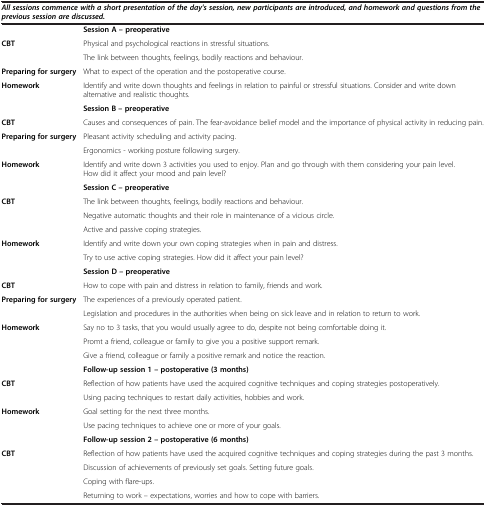
<table><thead><tr><td colspan="2"><b><i>All sessions commence with a short presentation of the day&#x27;s session, new participants are introduced, and homework and questions from the previous session are discussed.</i></b></td></tr></thead><tbody><tr><td> </td><td><b>Session A – preoperative</b></td></tr><tr><td rowspan="2"><b>CBT</b></td><td>Physical and psychological reactions in stressful situations.</td></tr><tr><td>The link between thoughts, feelings, bodily reactions and behaviour.</td></tr><tr><td><b>Preparing for surgery</b></td><td>What to expect of the operation and the postoperative course.</td></tr><tr><td><b>Homework</b></td><td>Identify and write down thoughts and feelings in relation to painful or stressful situations. Consider and write down alternative and realistic thoughts.</td></tr><tr><td> </td><td><b>Session B – preoperative</b></td></tr><tr><td><b>CBT</b></td><td>Causes and consequences of pain. The fear-avoidance belief model and the importance of physical activity in reducing pain.</td></tr><tr><td><b>Preparing for surgery</b></td><td>Pleasant activity scheduling and activity pacing.</td></tr><tr><td> </td><td>Ergonomics - working posture following surgery.</td></tr><tr><td><b>Homework</b></td><td>Identify and write down 3 activities you used to enjoy. Plan and go through with them considering your pain level. How did it affect your mood and pain level?</td></tr><tr><td> </td><td><b>Session C – preoperative</b></td></tr><tr><td rowspan="2"><b>CBT</b></td><td>The link between thoughts, feelings, bodily reactions and behaviour.</td></tr><tr><td>Negative automatic thoughts and their role in maintenance of a vicious circle.</td></tr><tr><td> </td><td>Active and passive coping strategies.</td></tr><tr><td><b>Homework</b></td><td>Identify and write down your own coping strategies when in pain and distress.</td></tr><tr><td> </td><td>Try to use active coping strategies. How did it affect your pain level?</td></tr><tr><td> </td><td><b>Session D – preoperative</b></td></tr><tr><td><b>CBT</b></td><td>How to cope with pain and distress in relation to family, friends and work.</td></tr><tr><td><b>Preparing for surgery</b></td><td>The experiences of a previously operated patient.</td></tr><tr><td> </td><td>Legislation and procedures in the authorities when being on sick leave and in relation to return to work.</td></tr><tr><td><b>Homework</b></td><td>Say no to 3 tasks, that you would usually agree to do, despite not being comfortable doing it.</td></tr><tr><td> </td><td>Promt a friend, colleague or family to give you a positive support remark.</td></tr><tr><td> </td><td>Give a friend, colleague or family a positive remark and notice the reaction.</td></tr><tr><td> </td><td><b>Follow-up session 1 – postoperative (3 months)</b></td></tr><tr><td rowspan="2"><b>CBT</b></td><td>Reflection of how patients have used the acquired cognitive techniques and coping strategies postoperatively.</td></tr><tr><td>Using pacing techniques to restart daily activities, hobbies and work.</td></tr><tr><td rowspan="2"><b>Homework</b></td><td>Goal setting for the next three months.</td></tr><tr><td>Use pacing techniques to achieve one or more of your goals.</td></tr><tr><td> </td><td><b>Follow-up session 2 – postoperative (6 months)</b></td></tr><tr><td rowspan="4"><b>CBT</b></td><td>Reflection of how patients have used the acquired cognitive techniques and coping strategies during the past 3 months.</td></tr><tr><td>Discussion of achievements of previously set goals. Setting future goals.</td></tr><tr><td>Coping with flare-ups.</td></tr><tr><td>Returning to work – expectations, worries and how to cope with barriers.</td></tr></tbody></table>